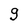
Character: g